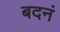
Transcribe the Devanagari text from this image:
बदनं